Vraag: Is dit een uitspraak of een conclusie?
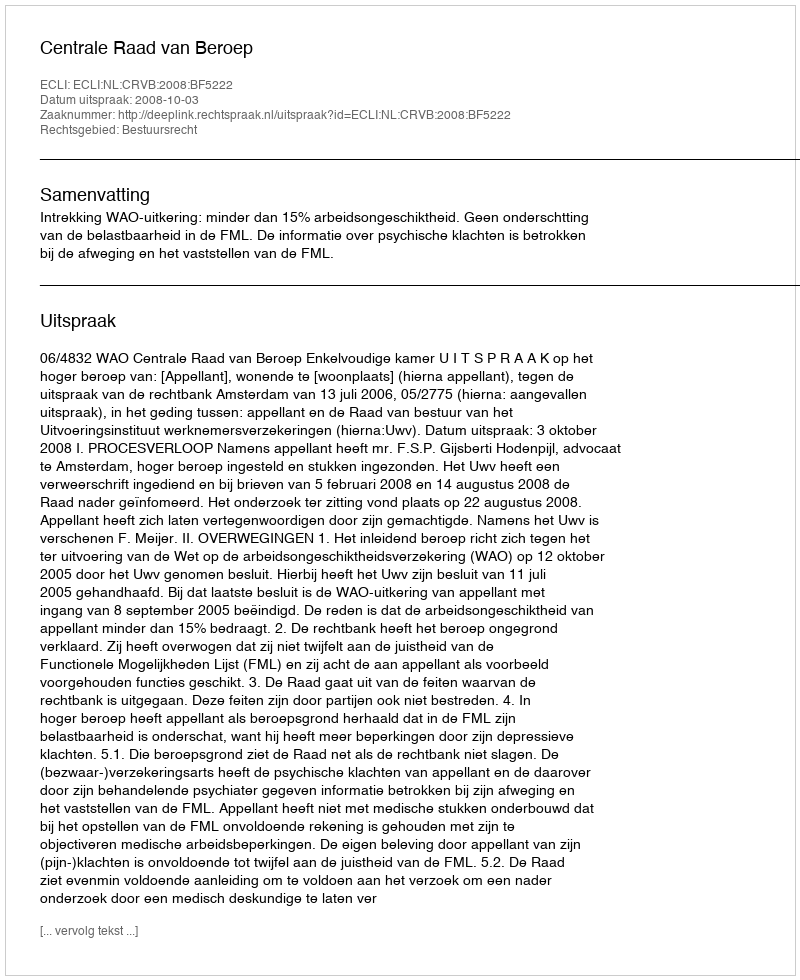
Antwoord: Uitspraak